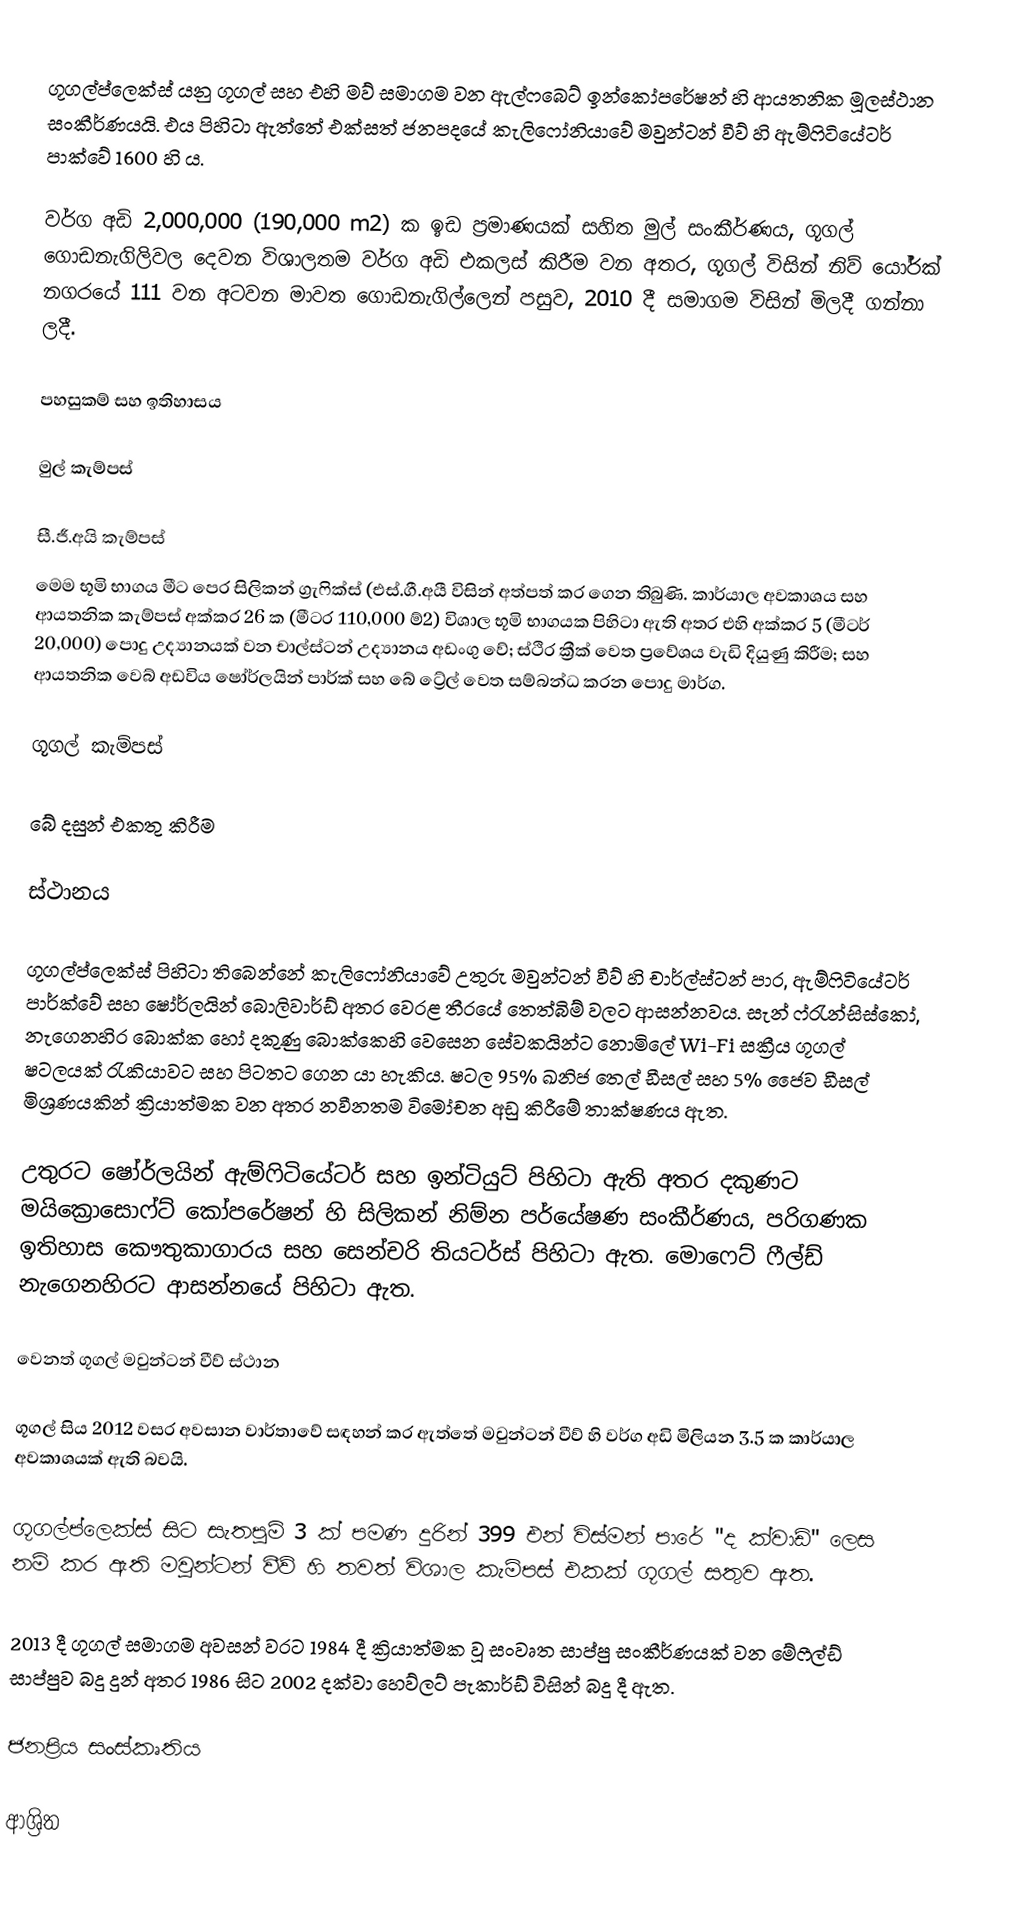
ගූගල්ප්ලෙක්ස් යනු ගූගල් සහ එහි මව් සමාගම වන ඇල්ෆබෙට් ඉන්කෝපරේෂන් හි ආයතනික මූලස්ථාන සංකීර්ණයයි. එය පිහිටා ඇත්තේ එක්සත් ජනපදයේ කැලිෆෝනියාවේ මවුන්ටන් වීව් හි ඇම්ෆිටියේටර් පාක්වේ 1600 හි ය.

වර්ග අඩි 2,000,000 (190,000 m2) ක ඉඩ ප්‍රමාණයක් සහිත මුල් සංකීර්ණය, ගූගල් ගොඩනැගිලිවල දෙවන විශාලතම වර්ග අඩි එකලස් කිරීම වන අතර, ගූගල් විසින් නිව් යෝර්ක් නගරයේ 111 වන අටවන මාවත ගොඩනැගිල්ලෙන් පසුව, 2010 දී සමාගම විසින් මිලදී ගන්නා ලදී.

පහසුකම් සහ ඉතිහාසය

මුල් කැම්පස්

සී.ජී.අයි කැම්පස්
මෙම භූමි භාගය මීට පෙර සිලිකන් ග්‍රැෆික්ස් (එස්.ගී.අයී විසින් අත්පත් කර ගෙන තිබුණි. කාර්යාල අවකාශය සහ ආයතනික කැම්පස් අක්කර 26 ක (මීටර 110,000 ම්2) විශාල භූමි භාගයක පිහිටා ඇති අතර එහි අක්කර 5 (මීටර් 20,000) පොදු උද්‍යානයක් වන චාල්ස්ටන් උද්‍යානය අඩංගු වේ; ස්ථිර ක්‍රීක් වෙත ප්‍රවේශය වැඩි දියුණු කිරීම; සහ ආයතනික වෙබ් අඩවිය ෂෝර්ලයින් පාර්ක් සහ බේ ට්‍රේල් වෙත සම්බන්ධ කරන පොදු මාර්ග.

ගූගල් කැම්පස්

බේ දසුන් එකතු කිරීම

ස්ථානය

ගූගල්ප්ලෙක්ස් පිහිටා තිබෙන්නේ කැලිෆෝනියාවේ උතුරු මවුන්ටන් වීව් හි චාර්ල්ස්ටන් පාර, ඇම්ෆිටියේටර් පාර්ක්වේ සහ ෂෝර්ලයින් බොලිවාර්ඩ් අතර වෙරළ තීරයේ තෙත්බිම් වලට ආසන්නවය. සැන් ෆ්රැන්සිස්කෝ, නැගෙනහිර බොක්ක හෝ දකුණු බොක්කෙහි වෙසෙන සේවකයින්ට නොමිලේ Wi-Fi සක්‍රීය ගූගල් ෂටලයක් රැකියාවට සහ පිටතට ගෙන යා හැකිය. ෂටල 95% ඛනිජ තෙල් ඩීසල් සහ 5% ජෛව ඩීසල් මිශ්‍රණයකින් ක්‍රියාත්මක වන අතර නවීනතම විමෝචන අඩු කිරීමේ තාක්ෂණය ඇත.

උතුරට ෂෝර්ලයින් ඇම්ෆිටියේටර් සහ ඉන්ටියුට් පිහිටා ඇති අතර දකුණට මයික්‍රොසොෆ්ට් කෝපරේෂන් හි සිලිකන් නිම්න පර්යේෂණ සංකීර්ණය, පරිගණක ඉතිහාස කෞතුකාගාරය සහ සෙන්චරි තියටර්ස් පිහිටා ඇත. මොෆෙට් ෆීල්ඩ් නැගෙනහිරට ආසන්නයේ පිහිටා ඇත.

වෙනත් ගූගල් මවුන්ටන් වීව් ස්ථාන

ගූගල් සිය 2012 වසර අවසාන වාර්තාවේ සඳහන් කර ඇත්තේ මවුන්ටන් වීව් හි වර්ග අඩි මිලියන 3.5 ක කාර්යාල අවකාශයක් ඇති බවයි.

ගූගල්ප්ලෙක්ස් සිට සැතපුම් 3 ක් පමණ දුරින් 399 එන් විස්මන් පාරේ "ද ක්වාඩ්" ලෙස නම් කර ඇති මවුන්ටන් වීව් හි තවත් විශාල කැම්පස් එකක් ගූගල් සතුව ඇත.

2013 දී ගූගල් සමාගම අවසන් වරට 1984 දී ක්‍රියාත්මක වූ සංවෘත සාප්පු සංකීර්ණයක් වන මේෆීල්ඩ් සාප්පුව බදු දුන් අතර 1986 සිට 2002 දක්වා හෙව්ලට් පැකාර්ඩ් විසින් බදු දී ඇත.

ජනප්‍රිය සංස්කෘතිය

ආශ්‍රිත